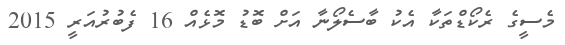
މެސީގެ ރެކޯޑްތަކާ އެކު ބާސެލޯނާ އަށް ބޮޑު މޮޅެއް 16 ފެބުރުއަރީ 2015